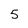
Character: 5